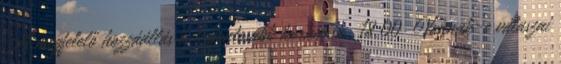
A megfelelő hozzáállás a legfontosabb korkep.sk 18:00 Vannak-e válaszai